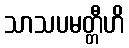
သာသပမတ္တီဟိ